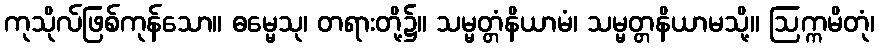
ကုသိုလ်ဖြစ်ကုန်သော။ ဓမ္မေသု၊ တရားတို့၌။ သမ္မတ္တံနိယာမံ၊ သမ္မတ္တနိယာမသို့။ ဩက္ကမိတုံ၊